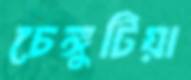
চেঙ্গুটিয়া